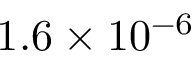
1 . 6 \times 1 0 ^ { - 6 }